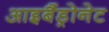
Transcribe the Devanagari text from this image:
आइबैंड्रोनेट